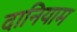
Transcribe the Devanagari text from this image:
दानियाम